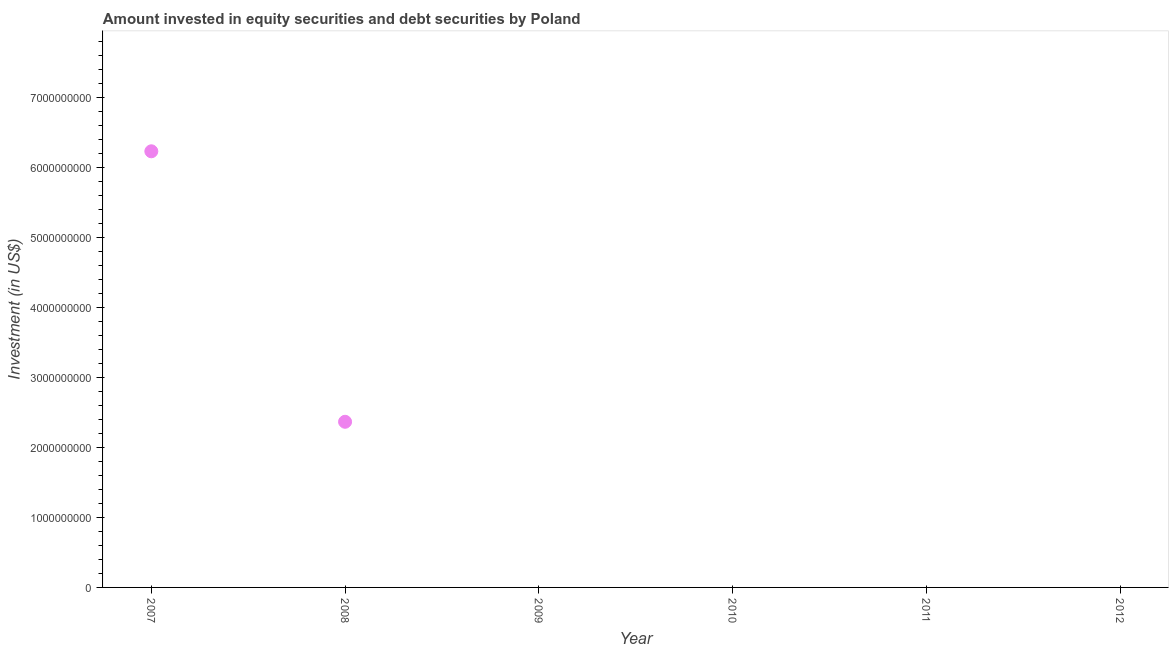
| Year | Portfolio Investment |
 | --- | --- |
 | 2007 | 6.23e+09 |
 | 2008 | 2.36e+09 |
 | 2009 | -1.48e+10 |
 | 2010 | -2.82e+10 |
 | 2011 | -1.74e+10 |
 | 2012 | -1.97e+10 |